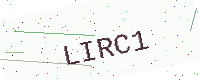
Text: LIRC1